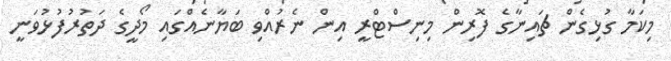
މިކަމާ ގުޅިގެން ޗައިނާގެ ފޮރިން މިނިސްޓްރީ އިން ނެރުއްވި ބަޔާނެއްގައި މޯދީގެ ދަތުރުފުޅުވަނީ